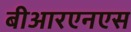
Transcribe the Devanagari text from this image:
बीआरएनएस